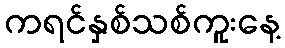
ကရင်နှစ်သစ်ကူးနေ့